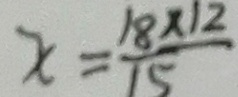
x = \frac { 1 8 \times 1 2 } { 1 5 }